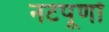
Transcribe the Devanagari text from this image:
नटपूर्णा